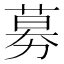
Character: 募